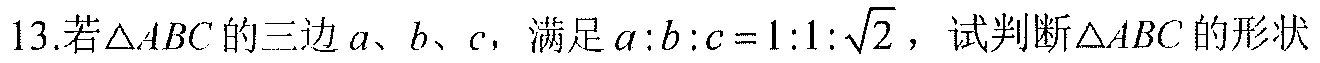
13.若\(\triangle ABC\)的三边\(a\)、\(b\)、\(c\)，满足\(a:b:c = 1:1:\sqrt{2}\)，试判断\(\triangle ABC\)的形状